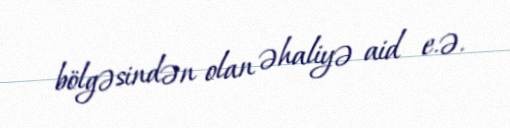
bölgəsindən olan əhaliyə aid e.ə.